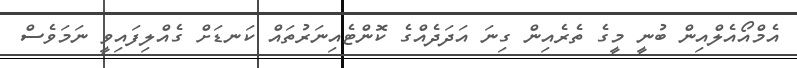
އެމްއޯއެލްއިން ބުނީ މީގެ ތެރެއިން ގިނަ އަދަދެއްގެ ކޮންޓެއިނަރުތައް ކަނޑަށް ގެއްލިފައިވީ ނަމަވެސް